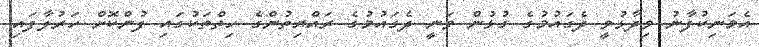
އެމަނިކުފާނު ވިދާޅުވީ ދެގައުމުގެ ގުޅުން ވަނީ ދެގައުމުގެ ރައްޔިތުންގެ ހިތްތަކުގައި ފުންކޮށް ހަރުލާފައި